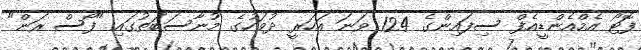
ފޮޓޯ އެމްއެންޑީއެފް ސިފައިންގެ 124 ވަނަ އަހަރީ ދުވަހުގެ މުނާސަބަތުގައި "ފޯސް ރަން"